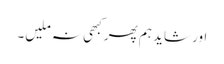
اور شاید ہم پھر کبھی نہ ملیں۔